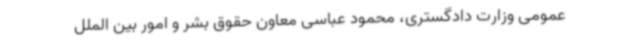
عمومی وزارت دادگستری، محمود عباسی معاون حقوق بشر و امور بین الملل